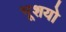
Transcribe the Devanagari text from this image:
भूशयो